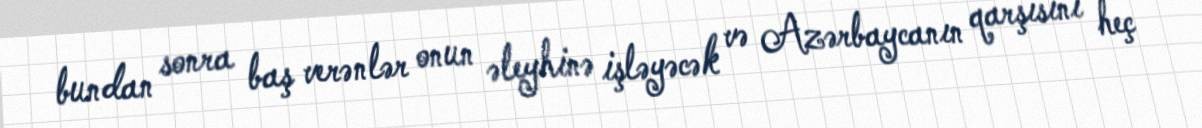
bundan sonra baş verənlər onun əleyhinə işləyəcək və Azərbaycanın qarşısını heç